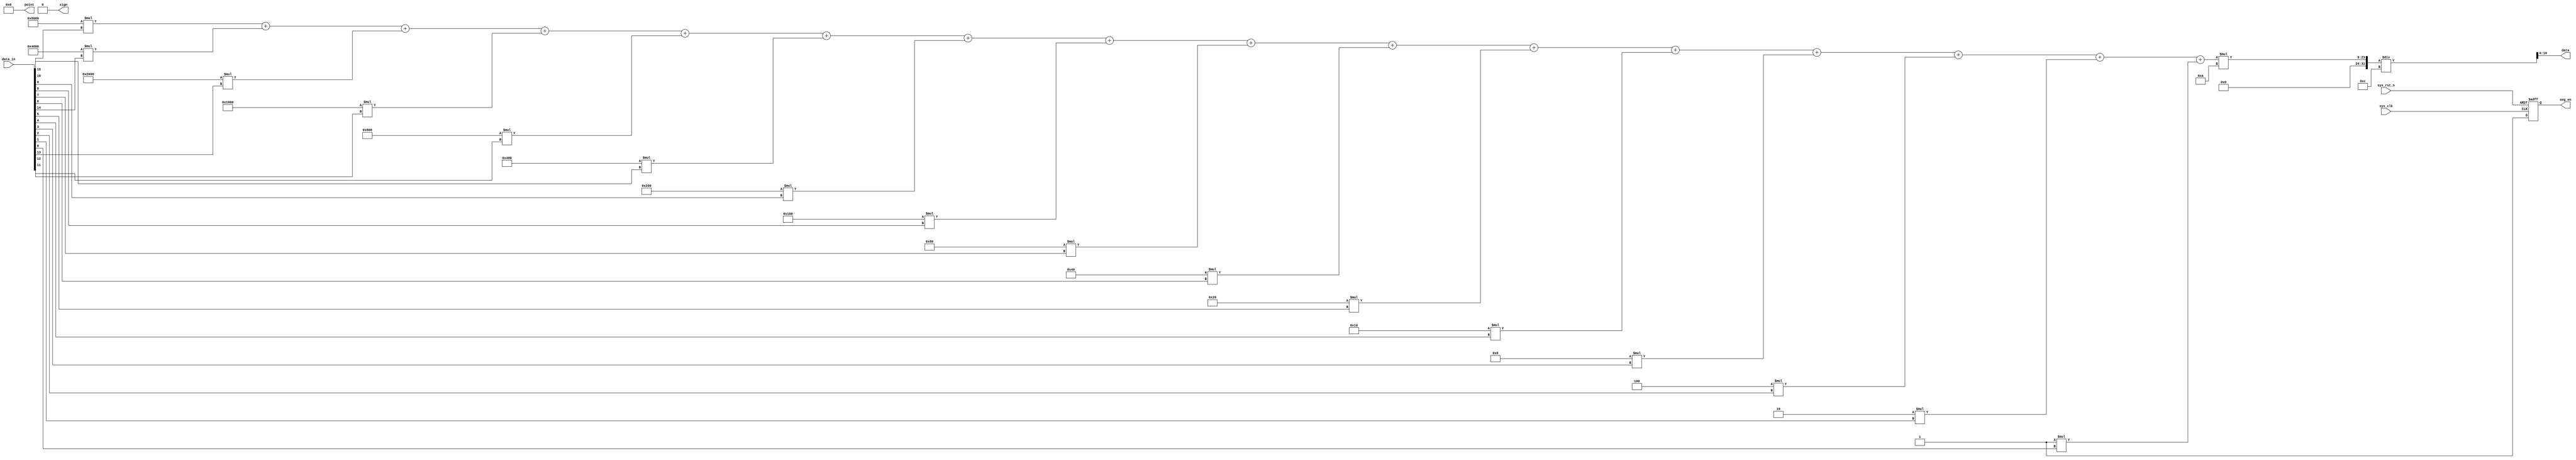
module  data_gen
  #(
     parameter   CNT_MAX = 23'd4999_999, //100ms
     parameter   DATA_MAX= 20'd999_999   //
   )
   (
     input   wire            sys_clk     ,   //50MHz
     input   wire            sys_rst_n   ,   //
     input  wire      [15:0]      data_in     ,   //
     output  wire     [19:0]  data        ,   //
     output  wire    [5:0]   point       ,   //,
     output  reg             seg_en      ,   //
     output  wire            sign            //
   );
  wire [19:0]  data1;
  assign data1=(2**15)*data_in[15]+(2**14)*data_in[14]+(2**13)*data_in[13]+(2**12)*data_in[12]+(2**11)*data_in[11]+(2**10)*data_in[10]+(2**9)*data_in[9]+(2**8)*data_in[8]+(2**7)*data_in[7]+(2**6)*data_in[6]+(2**5)*data_in[5]+(2**4)*data_in[4]+(2**3)*data_in[3]+(2**2)*data_in[2]+(2**1)*data_in[1]+(2**0)*data_in[0];
  assign data=data1*10/12;
  //
  assign  point   =   6'b000_000;
  assign  sign    =   1'b0;

  //
  always@(posedge sys_clk or negedge sys_rst_n)
    if(sys_rst_n == 1'b0)
      seg_en  <=  1'b0;
    else
      seg_en  <=  1'b1;

endmodule